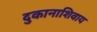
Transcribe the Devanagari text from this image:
दुकानाशिवाय